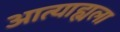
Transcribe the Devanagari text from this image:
आत्याह्यला